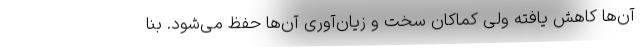
آن‌ها کاهش یافته ولی کماکان سخت و زیان‌آوری آن‌ها حفظ می‌شود. بنا